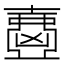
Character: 𡕂